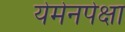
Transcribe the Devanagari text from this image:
येमेनपेक्षा